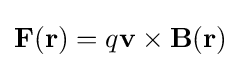
\mathbf {F} (\mathbf {r} )=q\mathbf {v} \times \mathbf {B} (\mathbf {r} )